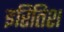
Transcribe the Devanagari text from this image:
इरितिश